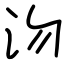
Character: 沕